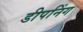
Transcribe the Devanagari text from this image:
डीपनिंग